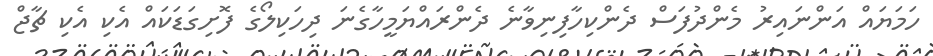
ހަމަޔައް އަންނައިރު މެންދުފަސް ދެންކިހާފިނިވާނެ ދެންރައްޔަމީހާގެނަ ދިހަކިލޯގެ ފޮށިގަޑަކައް އެކި އެކި ޗާޖް